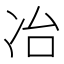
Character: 冶